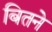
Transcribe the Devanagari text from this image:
बितने